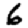
Digit: 6